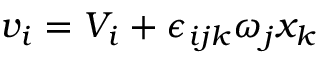
v _ { i } = V _ { i } + \epsilon _ { i j k } \omega _ { j } x _ { k }